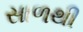
સાળથી